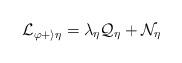
LaTeX: \begin{align*}\cal L_{\varphi+i\eta}=\lambda_\eta Q_\eta+N_\eta \end{align*}